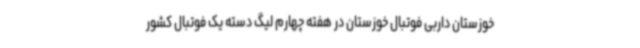
خوزستان داربی فوتبال خوزستان در هفته چهارم لیگ دسته یک فوتبال کشور